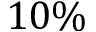
1 0 \%